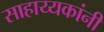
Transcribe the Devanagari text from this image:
साहाय्यकांनी